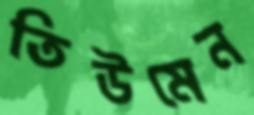
তিউমেন